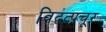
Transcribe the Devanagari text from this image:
विद्वत्प्रचूर